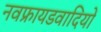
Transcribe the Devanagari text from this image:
नवफ्रायडवादियों